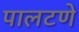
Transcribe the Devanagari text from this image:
पालटणे